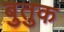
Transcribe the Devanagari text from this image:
बुतुक